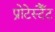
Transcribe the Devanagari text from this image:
प्रोटेस्टैँट